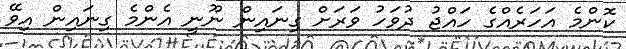
ކޮންމެ އަހަރެއްގެ ހައްޖު ދުވަހު ވަރަށް ގިނައިން ނޫނީ އެންމެ ގިނައިން އިވޭ